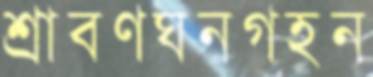
শ্রাবণঘনগহন